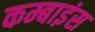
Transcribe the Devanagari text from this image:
कम्बाइंस